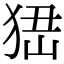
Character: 峱